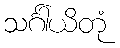
သင်္ဂါယိတုံ